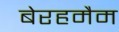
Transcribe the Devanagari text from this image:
बेरहमैम